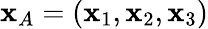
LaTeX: {\mathbf x}_{A}=({\mathbf x}_{1},{\mathbf x}_{2},{\mathbf x}_{3})